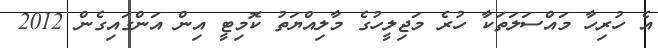
އެ ހުރިހާ މައްސަލަތަކާ ހުރެ މަޖިލީހުގެ މާލިއްޔަތު ކޮމިޓީ އިން އަންގައިގެން 2012